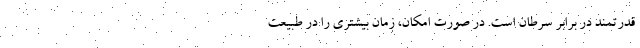
قدرتمند در برابر سرطان است. در صورت امکان، زمان بیشتری را در طبیعت